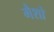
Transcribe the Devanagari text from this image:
गैशो